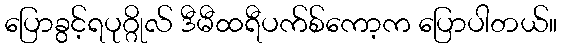
ပြောခွင့်ရပုဂ္ဂိုလ် ဒီမီထရီပက်စ်ကော့က ပြောပါတယ်။